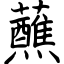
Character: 蘸